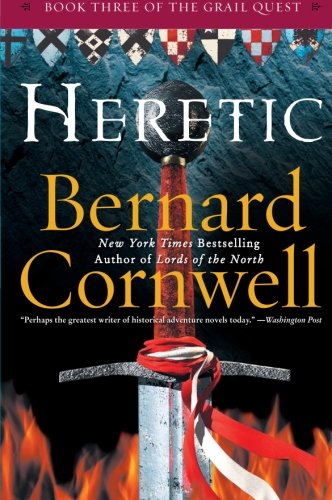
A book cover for Heretic (The Grail Quest, Book 3); Bernard Cornwell; Literature & Fiction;